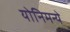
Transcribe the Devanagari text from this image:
योनिमन्ये